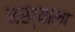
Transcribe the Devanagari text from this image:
नख्यांना